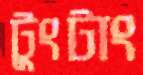
টুংটাং